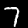
Digit: 7